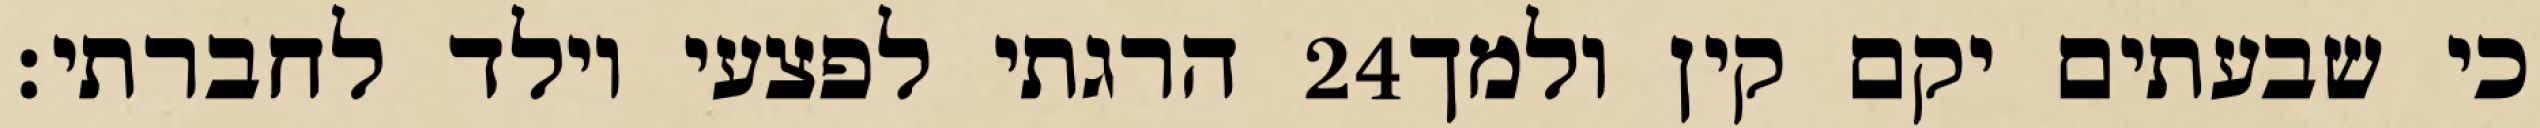
הרגתי לפצעי וילד לחברתי׃ ‎24‏ כי שבעתים יקם קין ולמך